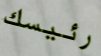
رئيسك